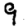
Digit: 9